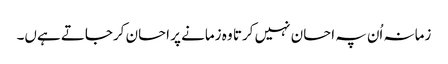
زمانہ اُن پہ احسان نہیں کرتا وہ زمانے پر احسان کرجاتے ہےں۔